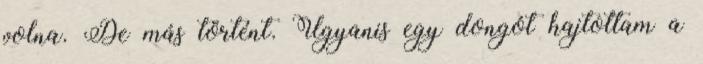
volna. De más történt. Ugyanis egy dongót hajtottam a